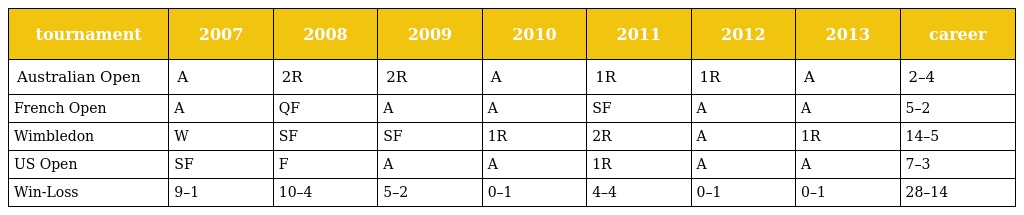
| tournament | 2007 | 2008 | 2009 | 2010 | 2011 | 2012 | 2013 | career |
 | --- | --- | --- | --- | --- | --- | --- | --- | --- |
 | Australian Open | A | 2R | 2R | A | 1R | 1R | A | 2–4 |
 | French Open | A | QF | A | A | SF | A | A | 5–2 |
 | Wimbledon | W | SF | SF | 1R | 2R | A | 1R | 14–5 |
 | US Open | SF | F | A | A | 1R | A | A | 7–3 |
 | Win-Loss | 9–1 | 10–4 | 5–2 | 0–1 | 4–4 | 0–1 | 0–1 | 28–14 |